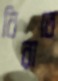
বিরাতে